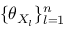
\{ \theta _ { X _ { l } } \} _ { l = 1 } ^ { n }